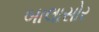
બાલાસોર